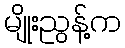
မျိုးညွန့်က